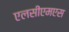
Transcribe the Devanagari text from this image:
एलसीएमएस